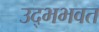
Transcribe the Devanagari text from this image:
उद्भभवत